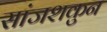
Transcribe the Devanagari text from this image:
सांजशकुन